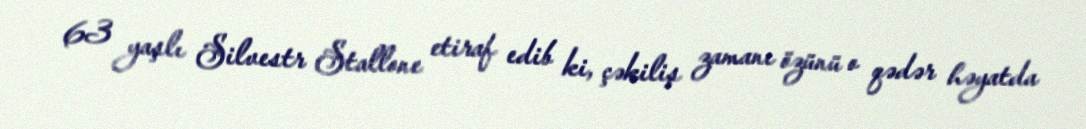
63 yaşlı Silvestr Stallone etiraf edib ki, çəkiliş zamanı özünü o qədər həyatda